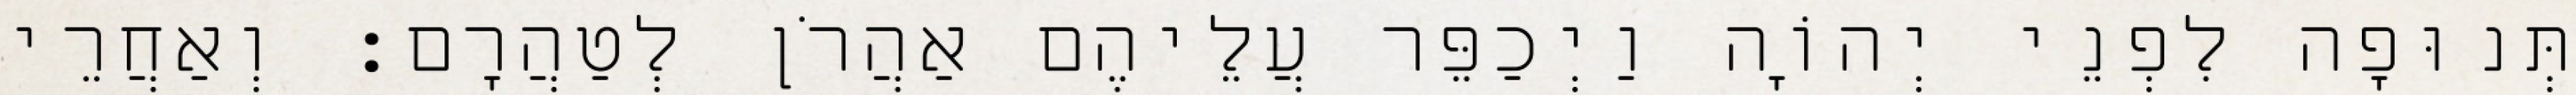
תְּנוּפָה לִפְנֵי יְהוָֹה וַיְכַפֵּר עֲלֵיהֶם אַהֲרֹן לְטַהֲרָם׃ וְאַחֲרֵי